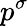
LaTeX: p^{\sigma}